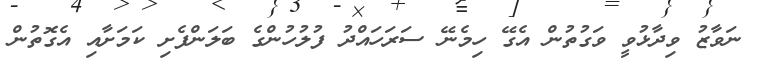
ނަވާޒު ވިދާޅުވީ ވަގުތުން އެގޭ ހިމެނޭ ސަރަހައްދު ފުލުހުންގެ ބަލަންފެށި ކަމަށާއި އެގޮތުން